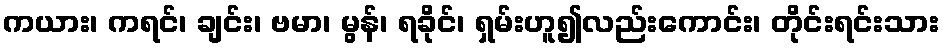
ကယား၊ ကရင်၊ ချင်း၊ ဗမာ၊ မွန်၊ ရခိုင်၊ ရှမ်းဟူ၍လည်းကောင်း၊ တိုင်းရင်းသား